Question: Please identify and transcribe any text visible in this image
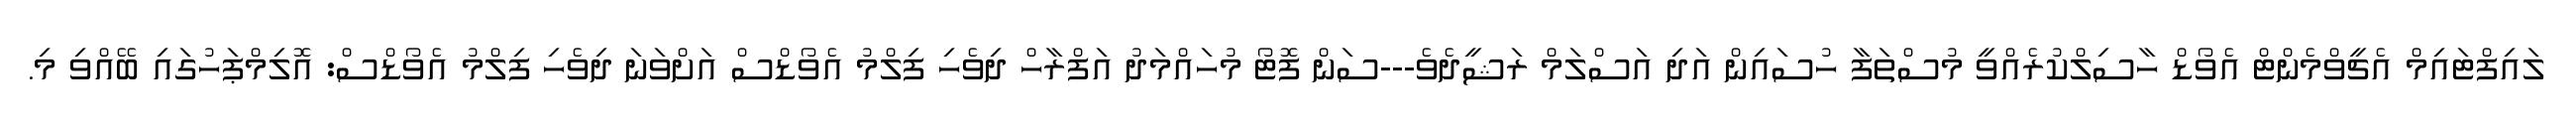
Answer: ލައިފްޓައިމް އެޗީވްމެންޓް އެވޯޑް ހާސިލްކުރެއްވީ މުސްތަފާ ހުސައިން އަދި އަސްލަމް ރަޝީދެވެ---ސަން ފޮޓޯ މުހައްމަދު އަފްރާހް ދިވެހި ފިލްމު އެވޯޑްސް އަށްވަނަ ދިވެހި ފިލްމު އެވޯޑްސް: އޮލިމްޕަހުގައި ބޭއްވި މި.